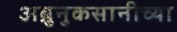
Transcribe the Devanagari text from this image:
अब्रुनुकसानीच्या